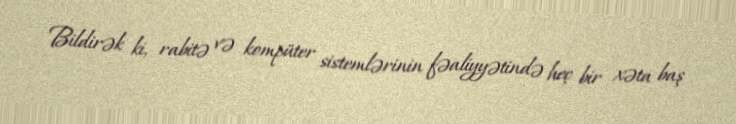
Bildirək ki, rabitə və kompüter sistemlərinin fəaliyyətində heç bir xəta baş